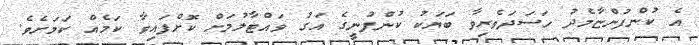
އެ ކުންފުންޏާމެދު ހަސަދަވެރިވާ ބަޔަކު ކުންފުނީގެ އަގު ވައްޓާލުމަށް ކޮށްފައިވާ ކަމެއް ކަމަށެވެ.